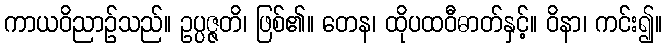
ကာယဝိညာဉ်သည်။ ဥပ္ပဇ္ဇတိ၊ ဖြစ်၏။ တေန၊ ထိုပထဝီဓာတ်နှင့်။ ဝိနာ၊ ကင်း၍။